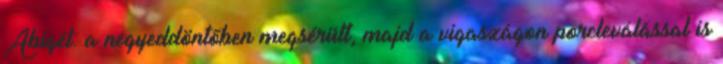
Abigél: a negyeddöntőben megsérült, majd a vigaszágon porcleválással is